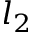
l _ { 2 }